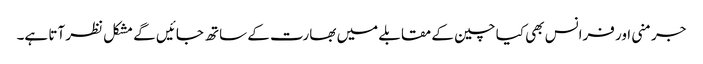
جرمنی اور فرانس بھی کیا چین کے مقابلے میں بھارت کے ساتھ جائیں گے مشکل نظر آتا ہے۔